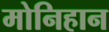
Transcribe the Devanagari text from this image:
मोनिहान